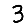
Digit: 3